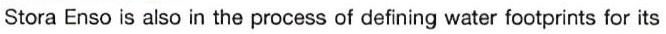
Stora Enso is also in the process of defining water footprints for its